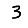
Digit: 3